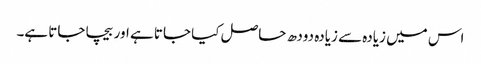
اس میں زیادہ سے زیادہ دودھ حاصل کیا جاتا ہے اور بیچا جاتا ہے۔